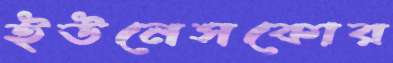
ইউনেসকোর